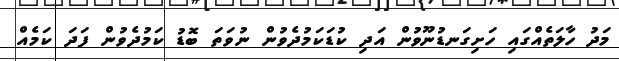
މަދު ހާލަތެއްގައި ހަށިގަނޑުނޫވުން އަދި ކުޑަކަމުދެވުން ނުވަތަ ބޮޑު ކަމުދެވުން ފަދަ ކަމެއް